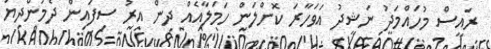
ރައީސް މުހައްމަދު ނަޝީދު އަވަހާރަ ކޮށްލަން ހަމަލާއެއް ދިން އިރު ސިފައިން ދެމުންދިޔަ